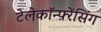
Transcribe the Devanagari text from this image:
टेलेकॉन्फ़्रेंसिंग